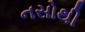
નસોથી